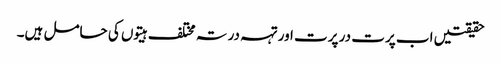
حقیقتیں اب پرت در پرت اور تہہ در تہ مختلف ہیتوں کی حامل ہیں۔